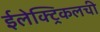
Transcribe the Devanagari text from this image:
ईलेक्ट्रिकलची